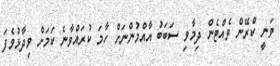
ވަނީ ކްރޭން ވެއްޓެން ދިމާވި ސަބަބު އާއްމުންނަށް ހާމަ ކުރައްވާނެ ކަމަށް ވިދާޅުވެފަ